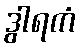
ဒွါရကံ